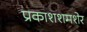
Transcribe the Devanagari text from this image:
प्रकाशशमशेर